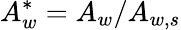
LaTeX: A_{w}^{*}={A_{w}}/{A_{w,s}}